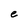
Character: e